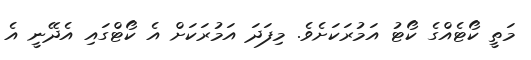
މަތީ ކޯޓެއްގެ ކޯޓު އަމުރަކަށެވެ. މިފަދަ އަމުރަކަށް އެ ކޯޓްގައި އެދޭނީ އެ